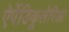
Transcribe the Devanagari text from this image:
ऐपेंडिकूलेरिआ